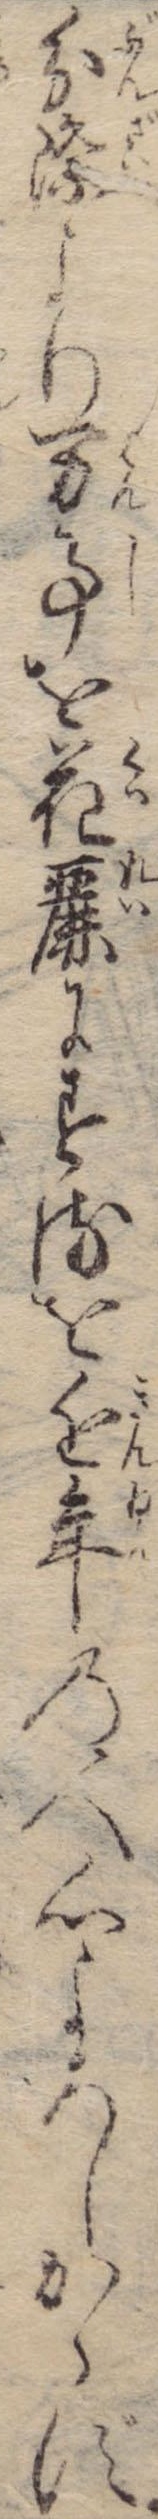
分際より万事を花麗にするを近年の人心よろしからず